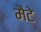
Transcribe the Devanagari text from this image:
मैटे